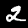
Label: 2